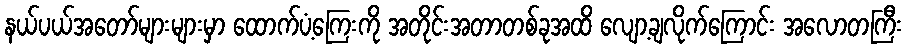
နယ်ပယ်အတော်များများမှာ ထောက်ပံ့ကြေးကို အတိုင်းအတာတစ်ခုအထိ လျော့ချလိုက်ကြောင်း အလောတကြီး